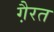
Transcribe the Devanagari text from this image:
गै़रत